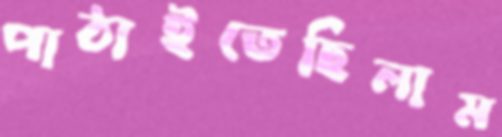
পাঠাইতেছিলাম